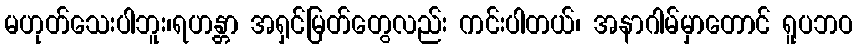
မဟုတ်သေးပါဘူး၊ရဟန္တာ အရှင်မြတ်တွေလည်း ကင်းပါတယ်၊ အနာဂါမ်မှာတောင် ရူပဘဝ